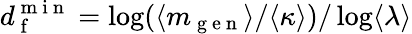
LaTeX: d_{\mathrm{~f~}}^{\mathrm{~m~i~n~}}=\log(\langle m_{\mathrm{~g~e~n~}}\rangle/\langle\kappa\rangle)/\log\langle\lambda\rangle